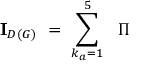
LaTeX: { \bf I } _ { { \cal D } \left( G \right) } \ = \ \sum _ { k _ { a } = 1 } ^ { 5 } \ { \ \Pi }